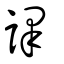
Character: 譯